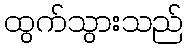
ထွက်သွားသည်